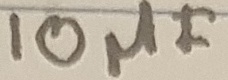
Text: 10µF